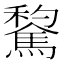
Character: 𲋾